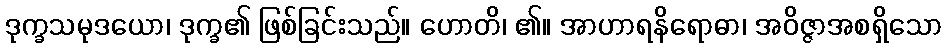
ဒုက္ခသမုဒယော၊ ဒုက္ခ၏ ဖြစ်ခြင်းသည်။ ဟောတိ၊ ၏။ အာဟာရနိရောဓာ၊ အဝိဇ္ဇာအစရှိသော